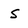
Character: s